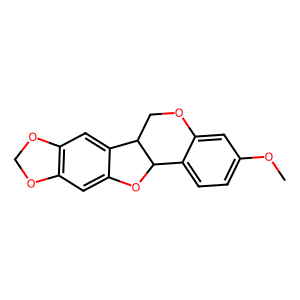
SMILES: COc1ccc2c(c1)OCC1c3cc4c(cc3OC21)OCO4
Inhibits HIV replication: No